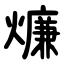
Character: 燫